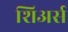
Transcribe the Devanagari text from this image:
शिअर्स